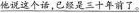
\underline{他说这个话，已经是三十年前了。}